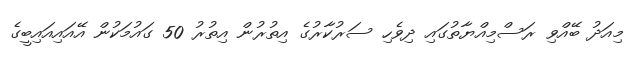
މިއަދު ބޭއްވި ރަސްމިއްޔާތުގައި ދިވެހި ސަރުކާރުގެ އިތުުރުން އިތުރު 50 ގައުމަކުން އޭއައިއައިބީގެ